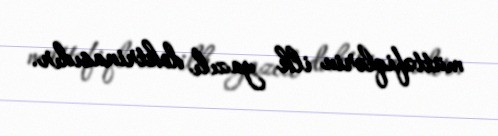
müttəfiqlərin ilk yazılı doktrinasıdır.